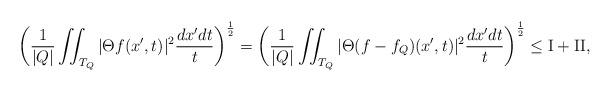
LaTeX: \begin{align*}\bigg(\frac{1}{|Q|} \iint_{T_Q} |\Theta f(x', t)|^2 \frac{dx' dt}{t}\bigg)^{\frac12} = \bigg(\frac{1}{|Q|} \iint_{T_Q} |\Theta (f-f_Q)(x', t)|^2 \frac{dx' dt}{t}\bigg)^{\frac12} \le {\rm I} + {\rm II}, \end{align*}